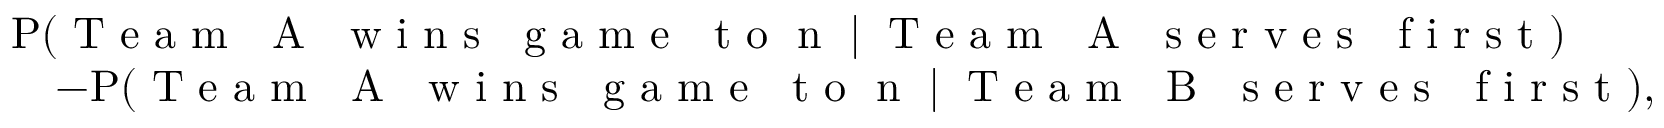
\begin{array} { r l } & { \mathrm { P } ( \mathrm { \textnormal { T e a m ~ A ~ w i n s ~ g a m e ~ t o } ~ n ~ } \mid \mathrm { \textnormal { T e a m ~ A ~ s e r v e s ~ f i r s t } } ) } \\ & { \quad - \mathrm { P } ( \mathrm { \textnormal { T e a m ~ A ~ w i n s ~ g a m e ~ t o } ~ n ~ } \mid \mathrm { \textnormal { T e a m ~ B ~ s e r v e s ~ f i r s t } } ) , } \end{array}